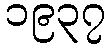
၁၉၃၇